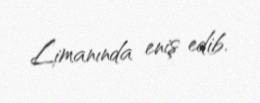
Limanında eniş edib.